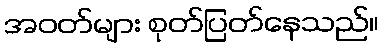
အဝတ်များ စုတ်ပြတ်နေသည်။